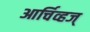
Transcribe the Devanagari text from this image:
आर्चिव्हज्